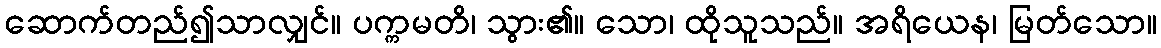
ဆောက်တည်၍သာလျှင်။ ပက္ကမတိ၊ သွား၏။ သော၊ ထိုသူသည်။ အရိယေန၊ မြတ်သော။